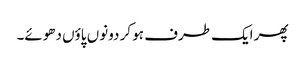
پھر ایک طرف ہو کر دونوں پاؤں دھوئے۔